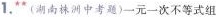
1.*(湖南株洲中考题)一元一次不等式组